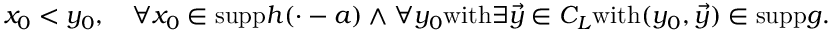
x _ { 0 } < y _ { 0 } , \quad \forall x _ { 0 } \in \mathrm { s u p p } h ( \cdot - a ) \wedge \forall y _ { 0 } \mathrm { w i t h } \exists \vec { y } \in C _ { L } \mathrm { w i t h } ( y _ { 0 } , \vec { y } ) \in \mathrm { s u p p } g .